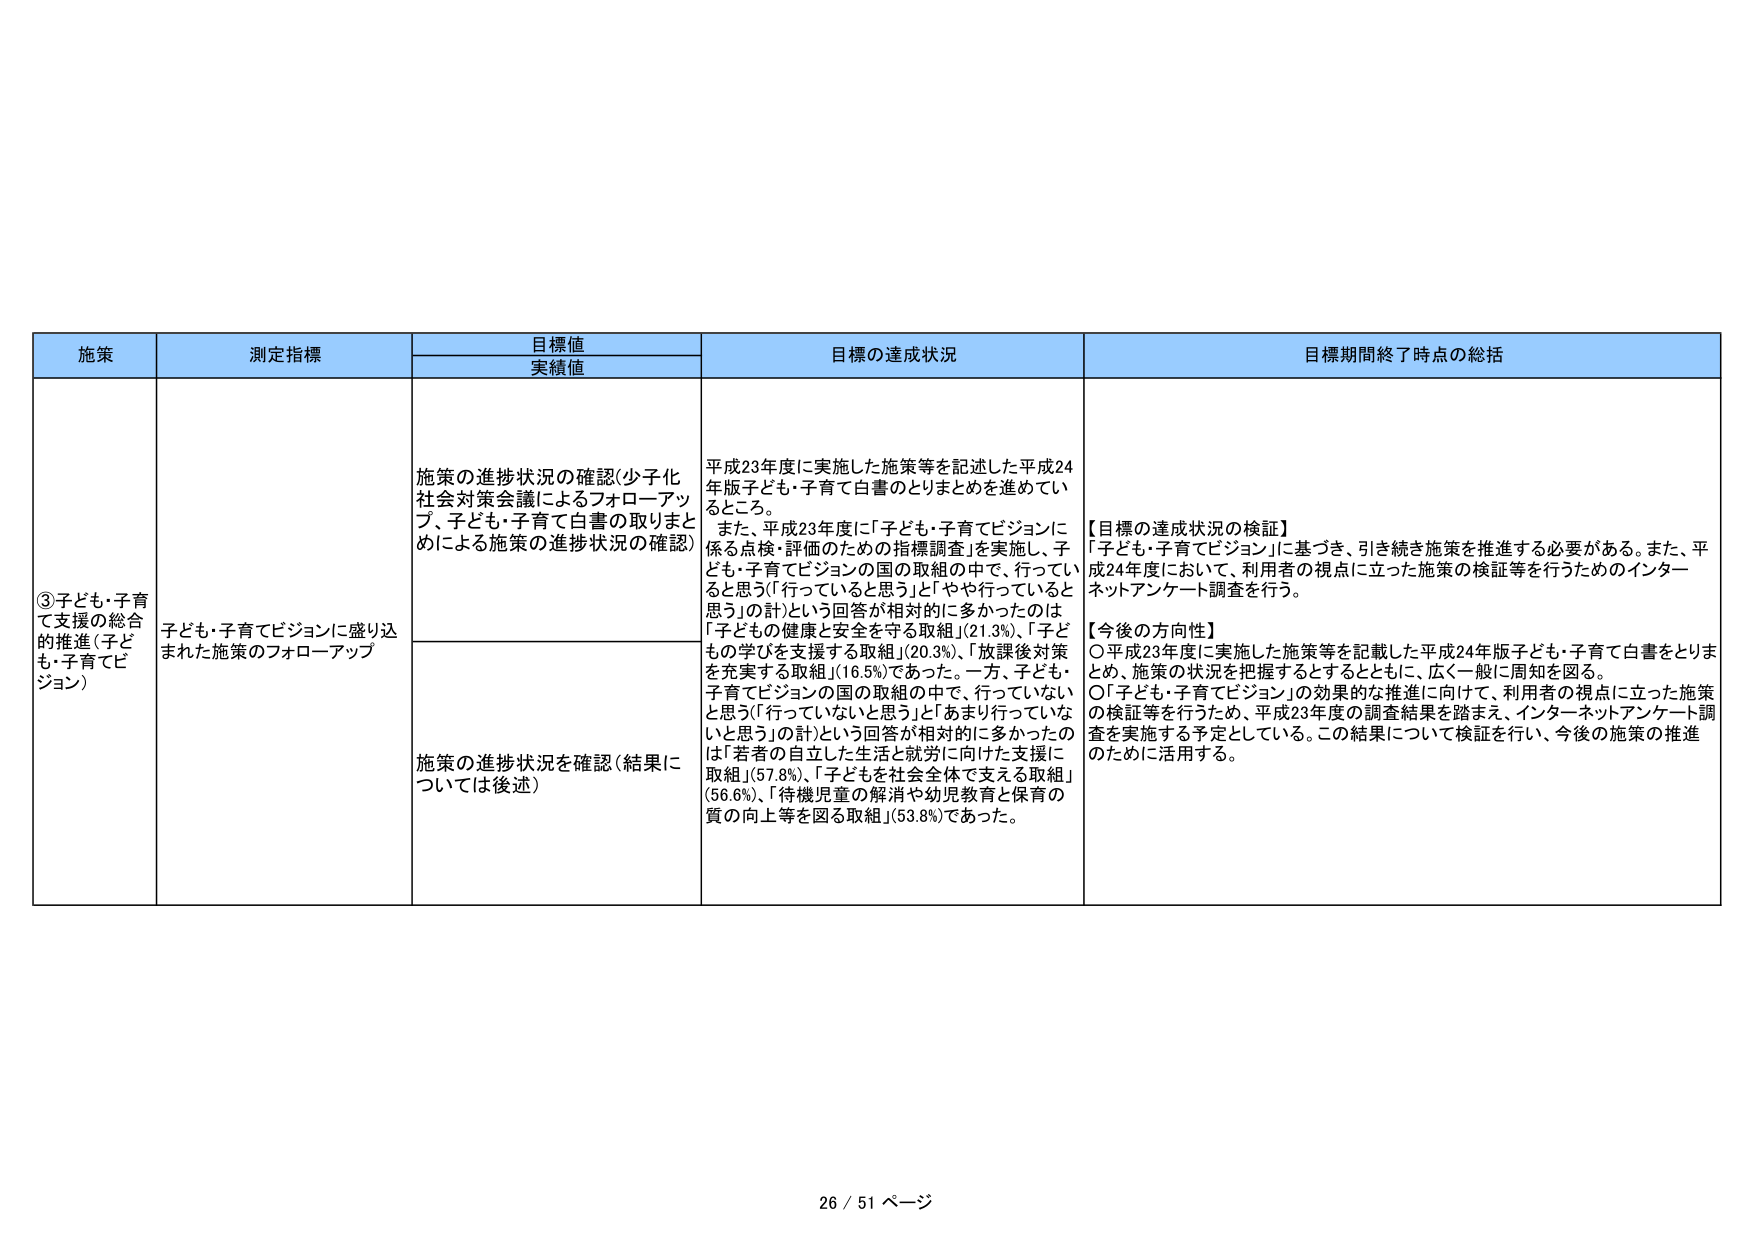
施策
測定指標
目標値
実績値
目標の達成状況
目標期間終了時点の総括
③子ども・子育て支援の総合的推進（子ども・子育てビジョン）
子ども・子育てビジョンに盛り込まれた施策のフォローアップ
施策の進捗状況の確認（少子化社会対策会議によるフォローアップ、子ども・子育て白書の取りまとめによる施策の進捗状況の確認）
平成23年度に実施した施策等を記述した平成24年版子ども・子育て白書のとりまとめを進めているところ。
また、平成23年度に「子ども・子育てビジョンに係る点検・評価のための指標調査」を実施し、子ども・子育てビジョンの国の取組の中で、行っていると思う（「行っていると思う」と「やや行っていると思う」の計）という回答が相対的に多かったのは「子どもの健康と安全を守る取組」（21.3%）、「子どもの学びを支援する取組」（20.3%）、「放課後対策を充実する取組」（16.5%）であった。一方、子ども・子育てビジョンの国の取組の中で、行っていないと思う（「行っていないと思う」と「あまり行っていないと思う」の計）という回答が相対的に多かったのは「若者の自立した生活と就労に向けた支援に取組」（57.8%）、「子どもを社会全体で支える取組」（56.6%）、「待機児童の解消や幼児教育と保育の質の向上等を図る取組」（53.8%）であった。
【目標の達成状況の検証】
「子ども・子育てビジョン」に基づき、引き続き施策を推進する必要がある。また、平成24年度において、利用者の視点に立った施策の検証等を行うためのインターネットアンケート調査を行う。
【今後の方向性】
〇平成23年度に実施した施策等を記載した平成24年版子ども・子育て白書をとりまとめ、施策の状況を把握するとともに、広く一般に周知を図る。
〇「子ども・子育てビジョン」の効果的な推進に向けて、利用者の視点に立った施策の検証等を行うため、平成23年度の調査結果を踏まえ、インターネットアンケート調査を実施する予定としている。この結果について検証を行い、今後の施策の推進のために活用する。
施策の進捗状況を確認（結果については後述）
26 / 51 ページ